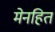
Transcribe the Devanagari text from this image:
मेनहित